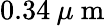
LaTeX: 0.34\: \mu\mathrm{~m~}